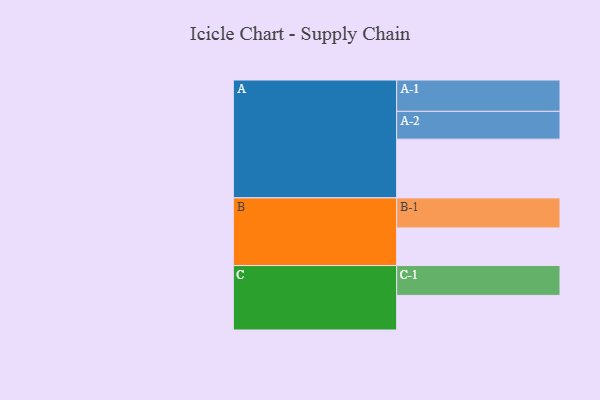
{"axis": {"x": "Segment", "y": "Value"}, "legend": ["", "A", "B", "C"], "data": [{"x": "A", "y": 553, "type": ""}, {"x": "B", "y": 354, "type": ""}, {"x": "C", "y": 326, "type": ""}, {"x": "A-1", "y": 295, "type": "A"}, {"x": "A-2", "y": 262, "type": "A"}, {"x": "B-1", "y": 283, "type": "B"}, {"x": "C-1", "y": 281, "type": "C"}]}